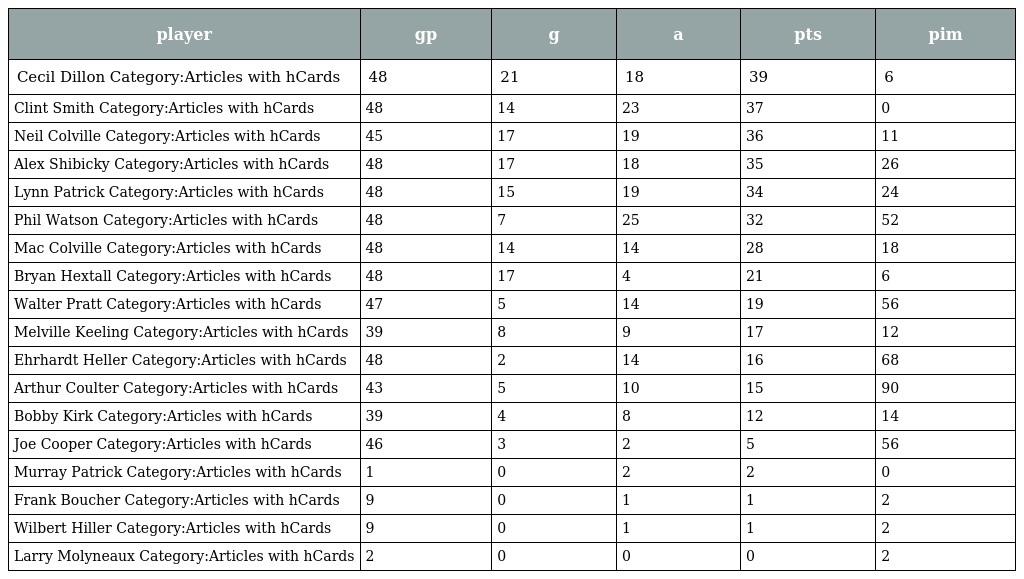
| player | gp | g | a | pts | pim |
 | --- | --- | --- | --- | --- | --- |
 | Cecil Dillon Category:Articles with hCards | 48 | 21 | 18 | 39 | 6 |
 | Clint Smith Category:Articles with hCards | 48 | 14 | 23 | 37 | 0 |
 | Neil Colville Category:Articles with hCards | 45 | 17 | 19 | 36 | 11 |
 | Alex Shibicky Category:Articles with hCards | 48 | 17 | 18 | 35 | 26 |
 | Lynn Patrick Category:Articles with hCards | 48 | 15 | 19 | 34 | 24 |
 | Phil Watson Category:Articles with hCards | 48 | 7 | 25 | 32 | 52 |
 | Mac Colville Category:Articles with hCards | 48 | 14 | 14 | 28 | 18 |
 | Bryan Hextall Category:Articles with hCards | 48 | 17 | 4 | 21 | 6 |
 | Walter Pratt Category:Articles with hCards | 47 | 5 | 14 | 19 | 56 |
 | Melville Keeling Category:Articles with hCards | 39 | 8 | 9 | 17 | 12 |
 | Ehrhardt Heller Category:Articles with hCards | 48 | 2 | 14 | 16 | 68 |
 | Arthur Coulter Category:Articles with hCards | 43 | 5 | 10 | 15 | 90 |
 | Bobby Kirk Category:Articles with hCards | 39 | 4 | 8 | 12 | 14 |
 | Joe Cooper Category:Articles with hCards | 46 | 3 | 2 | 5 | 56 |
 | Murray Patrick Category:Articles with hCards | 1 | 0 | 2 | 2 | 0 |
 | Frank Boucher Category:Articles with hCards | 9 | 0 | 1 | 1 | 2 |
 | Wilbert Hiller Category:Articles with hCards | 9 | 0 | 1 | 1 | 2 |
 | Larry Molyneaux Category:Articles with hCards | 2 | 0 | 0 | 0 | 2 |